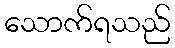
သောက်ရသည်